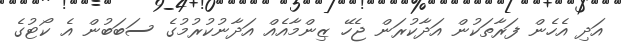
އަދި އެހެން ފަރާތަކުން އަދާކުރަން ޖެހޭ ޒިންމާއެއް އަދާނުކުރުމުގެ ސަބަބުން އެ ކޯޓުގެ